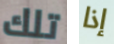
تلك إذا